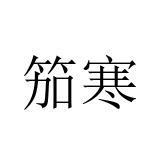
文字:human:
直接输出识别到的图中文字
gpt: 笳寒